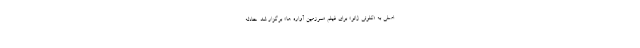
اصلی به «کلوئی ژائو» برای فیلم «سرزمین آواره ها» برگزار شد. حادثه